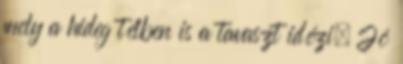
mely a hideg télben is a tavaszt idézi. Jó